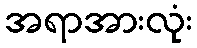
အရာအားလုံး